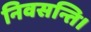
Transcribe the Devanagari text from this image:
निवसन्ति।